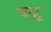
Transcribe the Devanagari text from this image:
कट्टू